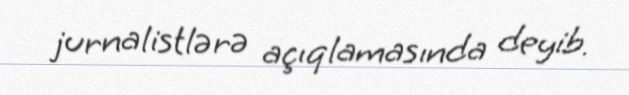
jurnalistlərə açıqlamasında deyib.